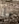
ما